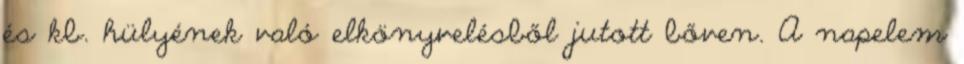
és kb. hülyének való elkönyvelésből jutott bőven. A napelem